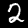
Label: 2